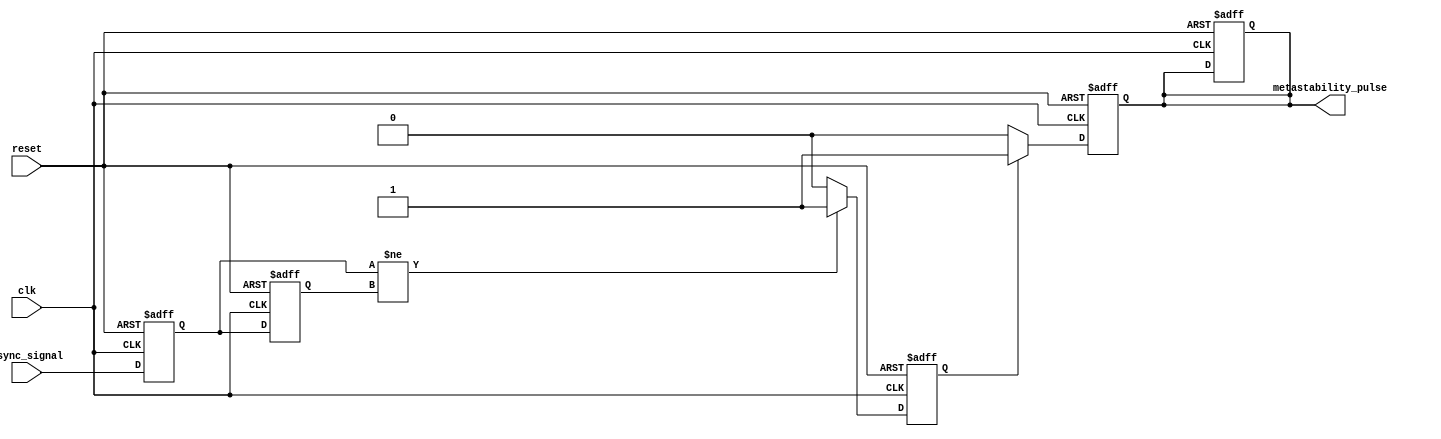
module metastability_detector (
    input wire clk,               // Clock signal
    input wire async_signal,      // Asynchronous input signal
    input wire reset,             // Reset signal
    output reg metastability_pulse // Output pulse indicating metastability
);

    // Internal signals
    reg ff1, ff2;                // Outputs of the two D flip-flops
    reg pulse_gen;               // Intermediate pulse generation signal

    // D Flip-Flops
    always @(posedge clk or posedge reset) begin
        if (reset) begin
            ff1 <= 1'b0;
            ff2 <= 1'b0;
        end else begin
            ff1 <= async_signal; // Sample the asynchronous signal
            ff2 <= ff1;          // Sample the output of the first flip-flop
        end
    end

    // Pulse Generation Logic
    always @(posedge clk or posedge reset) begin
        if (reset) begin
            pulse_gen <= 1'b0;
            metastability_pulse <= 1'b0;
        end else begin
            // Generate pulse if the outputs of the flip-flops differ
            if (ff1 != ff2) begin
                pulse_gen <= 1'b1; // Assert pulse
            end else begin
                pulse_gen <= 1'b0; // Deassert pulse
            end
        end
    end

    // Timing Logic for Pulse Duration
    always @(posedge clk or posedge reset) begin
        if (reset) begin
            metastability_pulse <= 1'b0;
        end else begin
            if (pulse_gen) begin
                metastability_pulse <= 1'b1; // Assert metastability pulse
            end else begin
                metastability_pulse <= 1'b0; // Deassert metastability pulse
            end
        end
    end

endmodule